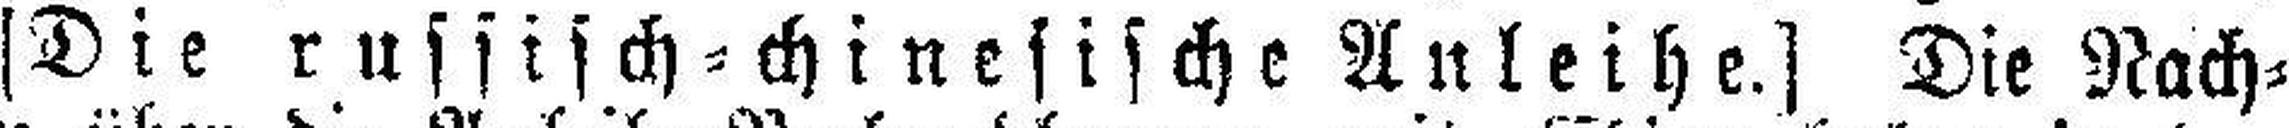
[Die russisch=chinesische Anleihe.) Die Nach¬